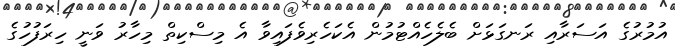
އުމުރުގެ އަސަރާއި ރަނގަޅަށް ބެލެހެއްޓުމުން އެކަހެރިވެފައިވާ އެ މިސްކިތް މިހާރު ވަނީ ހިރަފުހުގެ